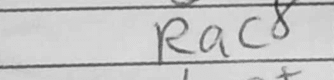
Transcription: Rac8